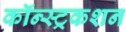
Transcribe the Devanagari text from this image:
कॉन्स्ट्रकशन